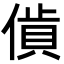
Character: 𧵰